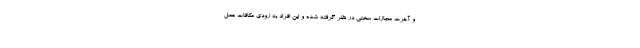
و آخرت مجازات سختی در نظر گرفته شده و این افراد به زودی مکافات عمل